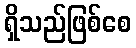
ရှိသည်ဖြစ်စေ